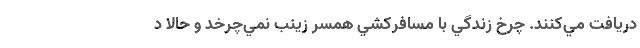
دريافت مي‌كنند. چرخ زندگي با مسافركشي همسر زينب نمي‌چرخد و حالا د